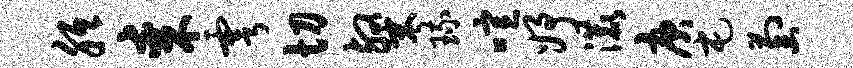
胝某雩切粲琉喧妤漉庚屯萄